Subject: cs
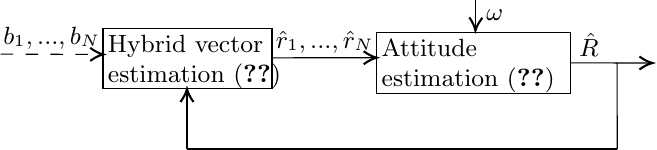
LaTeX code:
		\begin{tikzpicture}[x=0.43pt,y=0.48pt,yscale=-1,xscale=1] \small

			\draw   (100,126) -- (242,126) -- (242,171.27) -- (100,171.27) -- cycle ;
			\draw   (330,129.27) -- (493,129.27) -- (493,175.27) -- (330,175.27) -- cycle ;
			\draw    (243,148.36) -- (328,148.28) ;
			\draw [shift={(330,148.28)}, rotate = 539.94] [color={rgb, 255:red, 0; green, 0; blue, 0 }  ][line width=0.75]    (10.93,-4.9) .. controls (6.95,-2.3) and (3.31,-0.67) .. (0,0) .. controls (3.31,0.67) and (6.95,2.3) .. (10.93,4.9)   ;
			\draw    (492.4,152.15) -- (559.75,152.27) ;
			\draw [shift={(561.75,152.27)}, rotate = 180.1] [color={rgb, 255:red, 0; green, 0; blue, 0 }  ][line width=0.75]    (10.93,-4.9) .. controls (6.95,-2.3) and (3.31,-0.67) .. (0,0) .. controls (3.31,0.67) and (6.95,2.3) .. (10.93,4.9)   ;
			\draw    (532,152) -- (532.2,217) ;
			\draw    (170.6,217) -- (532.2,217) ;
			\draw    (170.6,217) -- (170.6,173.8) ;
			\draw [shift={(170.6,171.8)}, rotate = 450] [color={rgb, 255:red, 0; green, 0; blue, 0 }  ][line width=0.75]    (10.93,-4.9) .. controls (6.95,-2.3) and (3.31,-0.67) .. (0,0) .. controls (3.31,0.67) and (6.95,2.3) .. (10.93,4.9)   ;
			\draw  [dash pattern={on 4.5pt off 4.5pt}]  (14,145.6) -- (100,145.79) ;
			\draw [shift={(100.2,145.8)}, rotate = 180.17] [color={rgb, 255:red, 0; green, 0; blue, 0 }  ][line width=0.75]    (10.93,-4.9) .. controls (6.95,-2.3) and (3.31,-0.67) .. (0,0) .. controls (3.31,0.67) and (6.95,2.3) .. (10.93,4.9)   ;
			\draw    (413,105) -- (413,125.86) ;
			\draw [shift={(413,127.86)}, rotate = 271.79] [color={rgb, 255:red, 0; green, 0; blue, 0 }  ][line width=0.75]    (10.93,-4.9) .. controls (6.95,-2.3) and (3.31,-0.67) .. (0,0) .. controls (3.31,0.67) and (6.95,2.3) .. (10.93,4.9)   ;

			\draw (102,129) node [anchor=north west][inner sep=0.75pt]   [align=left] {Hybrid vector\\ estimation \eqref{eqn:hybrid_observer0-2}};
			\draw (332,132.27) node [anchor=north west][inner sep=0.75pt]   [align=left] {Attitude\\ estimation  \eqref{eqn:hybrid_observer0-1}};
			\draw (14,123) node [anchor=north west][inner sep=0.75pt]   [align=left] {$b_1,...,b_N$};
			\draw (243,126) node [anchor=north west][inner sep=0.75pt]   [align=left] {$\hat{r}_1,...,\hat{r}_N$};
			\draw (498,128) node [anchor=north west][inner sep=0.75pt]   [align=left] {$\hat{R}$};
			\draw (420,110) node [anchor=north west][inner sep=0.75pt]   [align=left] {$\omega$};
		\end{tikzpicture}